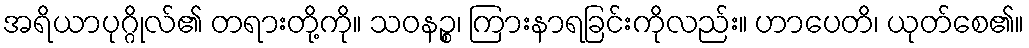
အရိယာပုဂ္ဂိုလ်၏ တရားတို့ကို။ သဝနဉ္စ၊ ကြားနာရခြင်းကိုလည်း။ ဟာပေတိ၊ ယုတ်စေ၏။